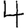
Digit: 4